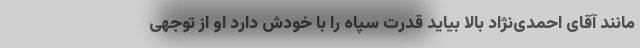
مانند آقای احمدی‌نژاد بالا بیاید قدرت سپاه را با خودش دارد او از توجهی